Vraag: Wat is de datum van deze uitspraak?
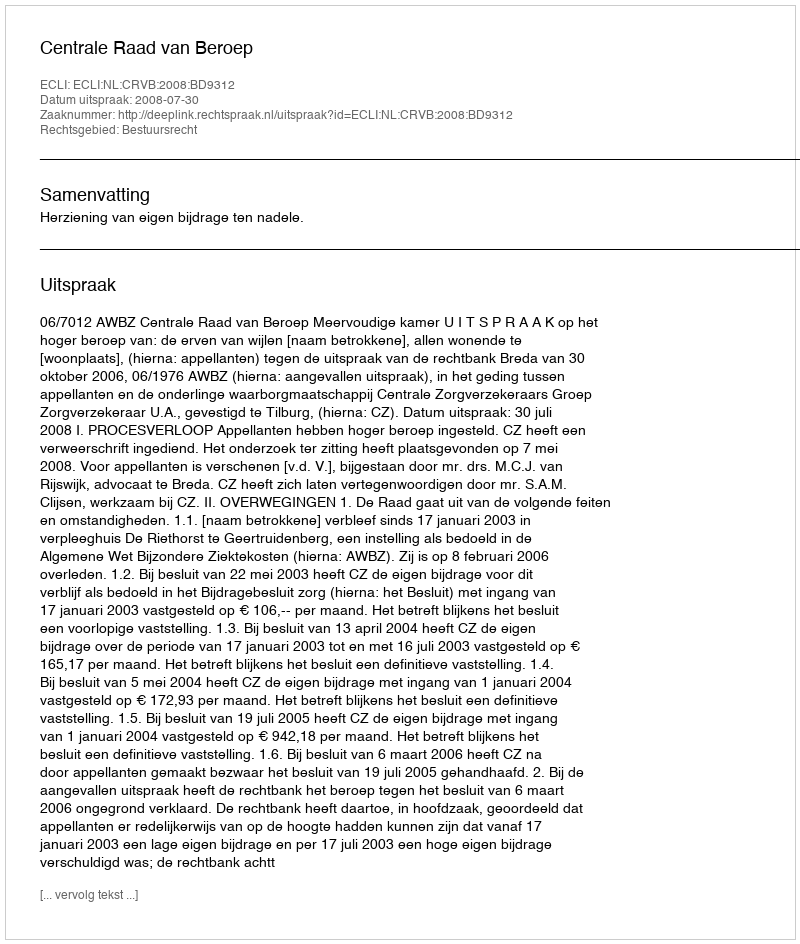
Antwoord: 2008-07-30